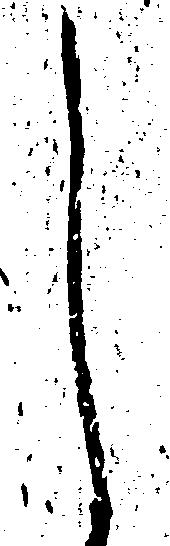
し